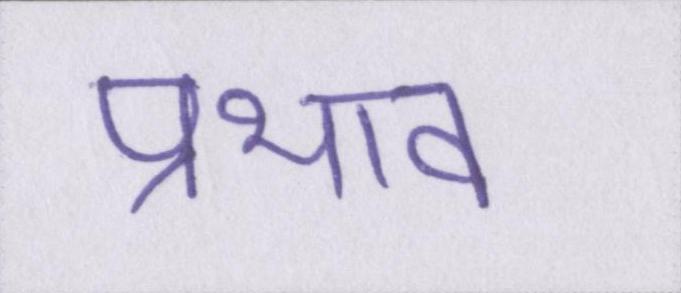
प्रभाव